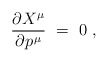
\begin{align*} \frac{\partial X^\mu}{\partial p\>\!^\mu}~=~0~, \end{align*}